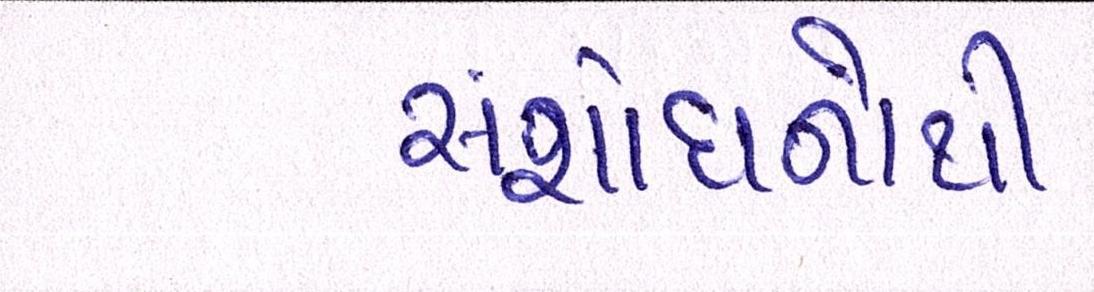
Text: સંશોધનોથી